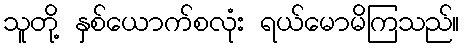
သူတို့ နှစ်ယောက်စလုံး ရယ်မောမိကြသည်။